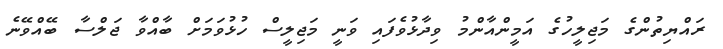
ރައްޔިތުންގެ މަޖިލީހުގެ އަމީންއާންމު ވިދާޅުވެފައި ވަނީ މަޖިލީސް ހުޅުވަމަށް ބާއްވާ ޖަލްސާ ބޭއްވޭނެ